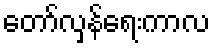
တော်လှန်ရေးကာလ